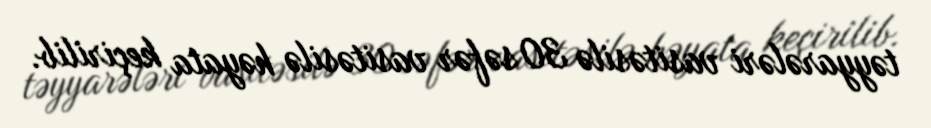
təyyarələri vasitəsilə 30 səfər vasitəsilə həyata keçirilib.